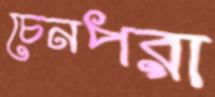
চেনপরা